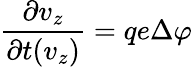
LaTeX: \frac{\partial v_{z}}{\partial t(v_{z})}=qe\Delta\varphi